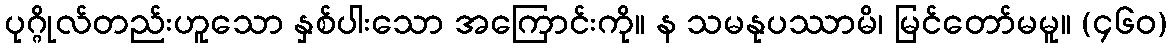
ပုဂ္ဂိုလ်တည်းဟူသော နှစ်ပါးသော အကြောင်းကို။ န သမနုပဿာမိ၊ မြင်တော်မမူ။ (၄၆၀)